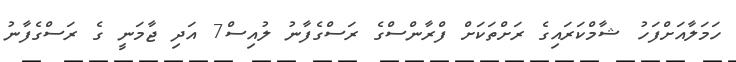
ހަމަލާއަށްފަހު ޝާމްކަރައިގެ ރަށްތަކަށް ފްރާންސްގެ ރަސްގެފާނު ލުއިސް7 އަދި ޖާމަނީ ގެ ރަސްގެފާނު